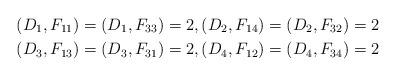
\begin{align*}(D_1,F_{11})=(D_1,F_{33})=2,(D_2,F_{14})=(D_2,F_{32})=2\\(D_3,F_{13})=(D_3,F_{31})=2,(D_4,F_{12})=(D_4,F_{34})=2\end{align*}